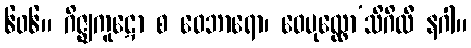
၆၀၆။ ဂိဇ္ဈကူဋော စ ဝေဘာရော၊ ဝေပုလ္လော’သိဂိလီ နဂါ။